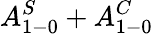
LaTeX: A_{1-0}^{S}+A_{1-0}^{C}